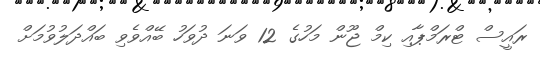
ރައީސް ޓްރަމްޕާއި ކިމް ޖޫން މަހުގެ 12 ވަނަ ދުވަހު ބޭއްވެވި ބައްދަލުވުމަށް